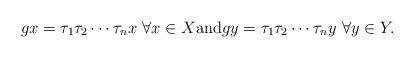
LaTeX: \begin{gather*}gx=\tau_1\tau_2\dotsm\tau_nx\ \forall x\in X\textrm{and}gy=\tau_1\tau_2\dotsm\tau_ny\ \forall y\in Y.\end{gather*}